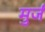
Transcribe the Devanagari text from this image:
मुर्ज